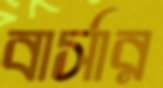
বার্সার